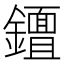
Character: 𨮮